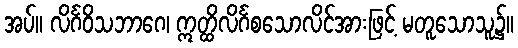
အပ်။ လိင်္ဂဝိသဘာဂေ၊ ဣတ္ထိလိင်္ဂစသောလိင်အားဖြင့် မတူသောသူ၌။